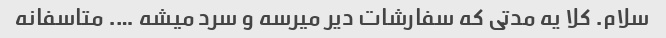
سلام. کلا یه مدتی که سفارشات دیر میرسه و سرد میشه …. متاسفانه